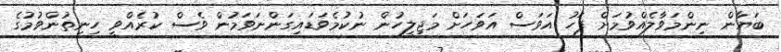
ބަޔާން ނިންމަވާލެއްވުމަށް ފަހު އަވަސް އަވަހަށް މަޖިލީހުން ނުކުމެވަޑައިގަންނަވަމުން ވެސް ކުރެއްވީ ހިނިތުންވުމުގެ